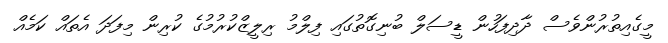
މީގެއިތުރުންވެސް ދާދިފަހުން ޑީސަލް ބުނިގޮތުގައި ފިލްމު ރިލީޒްކުރުމުގެ ކުރިން މިފަދަ އެތައް ކަމެއް